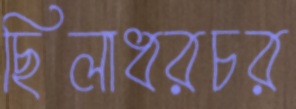
ছিলাধরচর